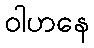
ဝါဟနေ